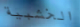
الخشبية